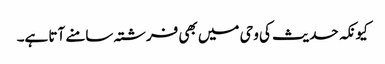
کیونکہ حدیث کی وحی میں بھی فرشتہ سامنے آتا ہے۔